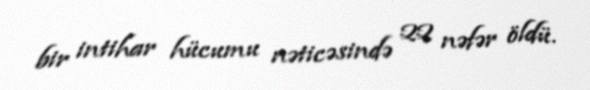
bir intihar hücumu nəticəsində 22 nəfər öldü.